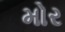
મોર